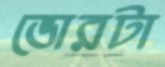
ভোরটা